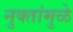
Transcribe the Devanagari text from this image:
नुक्तांमुळे